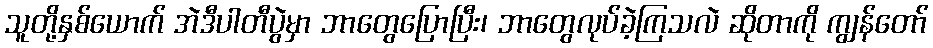
သူတို့နှစ်ယောက် အဲဒီပါတီပွဲမှာ ဘာတွေပြောပြီး၊ ဘာတွေလုပ်ခဲ့ကြသလဲ ဆိုတာကို ကျွန်တော်